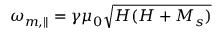
\omega _ { m , \parallel } = \gamma \mu _ { 0 } \sqrt { H ( H + M _ { s } ) }